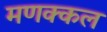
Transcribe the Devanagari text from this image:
मणक्कल